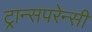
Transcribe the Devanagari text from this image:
ट्रान्सपरेन्सी